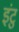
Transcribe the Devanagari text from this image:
इंटु